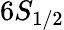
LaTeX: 6S_{1/2}